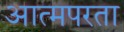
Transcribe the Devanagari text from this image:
आत्मपरता